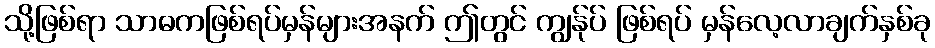
သို့ဖြစ်ရာ သာဓကဖြစ်ရပ်မှန်များအနက် ဤတွင် ကျွန်ုပ် ဖြစ်ရပ် မှန်လေ့လာချက်နှစ်ခု